Papers set at the Examination for Leaving Certificates, 1895
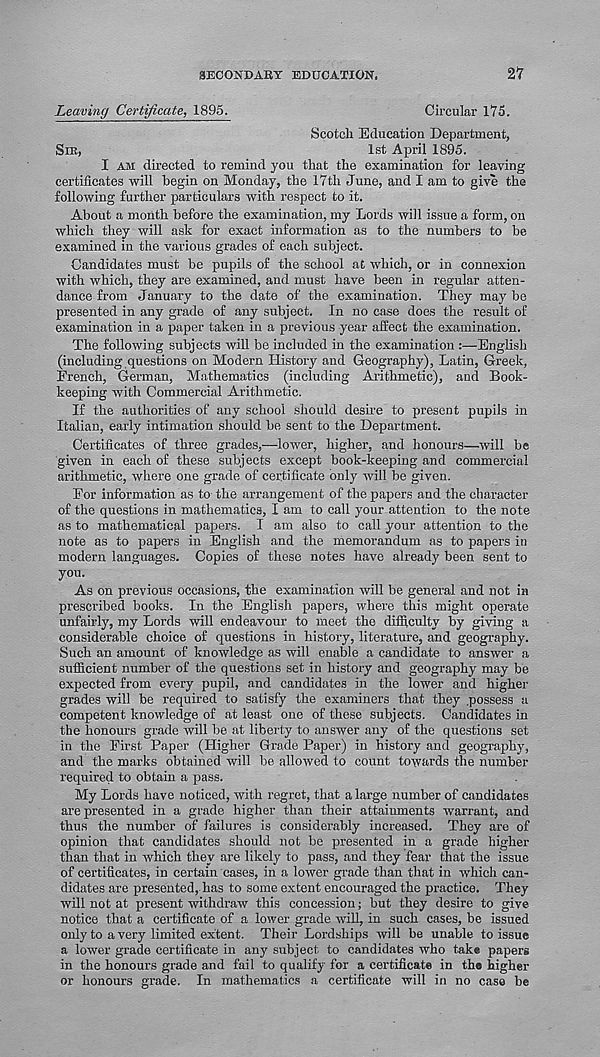
SECONDARY EDUCATION,
2 1 7
Leaving Certificate, 1895.
Circular 175.
Scotch Education Department,
SIR,
1st April 1895.
I AM directed to remind you that the examination for leaving
certificates will begin on Monday, the 17th June, and I am to give the
following further particulars with respect to it.
About a month before the examination, my Lords will issue a form, on
which they will ask for exact information as to the numbers to be
examined in the various grades of each subject.
Candidates must be pupils of the school at which, or in connexion
with which, they are examined, and must have been in regular atten-
dance from January to the date of the examination. They may be
presented in any grade of any subject. In no case does the result of
examination in a paper taken in a previous year affect the examination.
The following subjects will be included in the examination :—English
(including questions on Modern History and Geography), Latin, Greek,
French, German, Mathematics (including Arithmetic), and Book-
keeping with Commercial Arithmetic.
If the authorities of any school should desire to present pupils in
Italian, early intimation should be sent to the Department.
Certificates of three grades,—lower, higher, and honours—will be
given in each of these subjects except book-keeping and commercial
arithmetic, where one grade of certificate only will be given.
For information as to the arrangement of the papers and the character
of the questions in mathematics, I am to call your attention to the note
as to mathematical papers. I am also to call your attention to the
note as to papers in English and the memorandum as to papers in
modern languages. Copies of these notes have already been sent to
you.
As on previous occasions, the examination will be general and not in
prescribed books. In the English papers, where this might operate
unfairly, my Lords will endeavour to meet the difficulty by giving a
considerable choice of questions in history, literature, and geography.
Such an amount of knowledge as will enable a candidate to answer a
sufficient number of the questions set in history and geography may be
expected from every pupil, and candidates in the lower and higher
grades will be required to satisfy the examiners that they .possess a
competent knowledge of at least one of these subjects. Candidates in
the honours grade will be at liberty to answer any of the questions set
in the First Paper (Higher Grade Paper) in history and geography,
and the marks obtained will be allowed to count towards the number
required to obtain a pass.
My Lords have noticed, with regret, that a large number of candidates
are presented in a grade higher than their attainments warrant, and
thus the number of failures is considerably increased. They are of
opinion that candidates should not be presented in a grade higher
than that in which they are likely to pass, and they fear that the issue
of certificates, in certain cases, in a lower grade than that in which can-
didates are presented, has to some extent encouraged the practice. They
will not at present withdraw this concession; but they desire to give
notice that a certificate of a lower grade will, in such cases, be issued
only to a very limited extent. Their Lordships will be unable to issue
a lower grade certificate in any subject to candidates who take papers
in the honours grade and fail to qualify for a certificate in the higher
or honours grade. In mathematics a certificate will in no case be